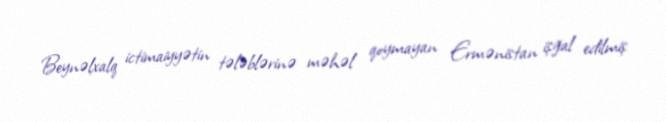
Beynəlxalq ictimaiyyətin tələblərinə məhəl qoymayan Ermənistan işğal edilmiş